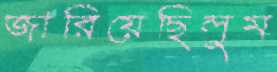
জারিয়েছিলুম